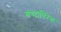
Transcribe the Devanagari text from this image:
श्रध्दातिरेक